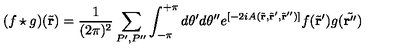
( f \star g ) ( \tilde { \bf r } ) = \frac { 1 } { ( 2 \pi ) ^ { 2 } } \sum _ { P ^ { \prime } , P ^ { \prime \prime } } \int _ { - \pi } ^ { + \pi } d \theta ^ { \prime } d \theta ^ { \prime \prime } e ^ { [ - 2 i A ( \tilde { \bf r } , \tilde { \bf r } ^ { \prime } , \tilde { \bf r } ^ { \prime \prime } ) ] } f ( \tilde { \bf r } ^ { \prime } ) g ( \tilde { \bf r ^ { \prime \prime } } )